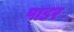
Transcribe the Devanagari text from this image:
पाडर